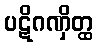
ပဋိဂဏှိတ္ထ